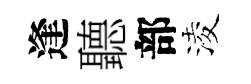
逢聽部淩